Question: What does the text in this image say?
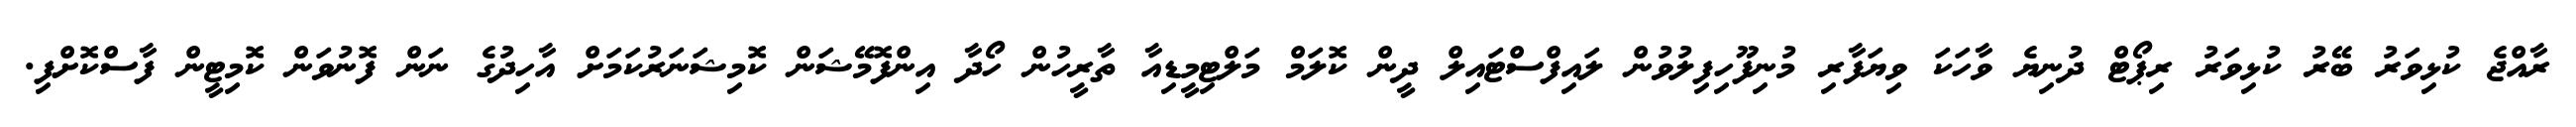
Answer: ރާއްޖެ ކުޅިވަރު ބޭރު ކުޅިވަރު ރިޕޯޓް ދުނިޔެ ވާހަކަ ވިޔަފާރި މުނިފޫހިފިލުވުން ލައިފްސްޓައިލް ދީން ކޮލަމް މަލްޓިމީޑިއާ ތާރީހުން ހޯދާ އިންފޮމޭޝަން ކޮމިޝަނަރުކަމަށް އާހިދުގެ ނަން ފޮނުވަން ކޮމިޓީން ފާސްކޮށްފި.